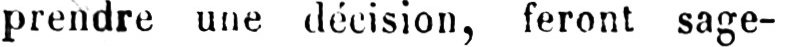
prendre une décision, feront sage-